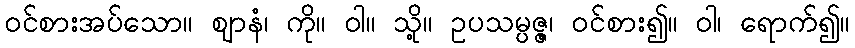
ဝင်စားအပ်သော။ ဈာနံ၊ ကို။ ဝါ။ သို့။ ဥပသမ္ပဇ္ဇ၊ ဝင်စား၍။ ဝါ၊ ရောက်၍။